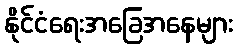
နိုင်ငံရေးအခြေအနေများ